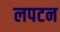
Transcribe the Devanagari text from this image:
लपटन